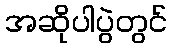
အဆိုပါပွဲတွင်